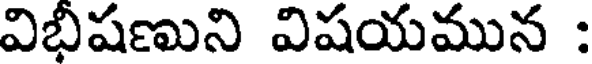
విభీషణుని విషయమున :